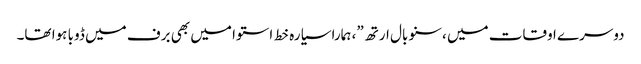
دوسرے اوقات میں ،سنو بال ارتھ”، ہمارا سیارہ خط استوا میں بھی برف میں ڈوبا ہوا تھا۔